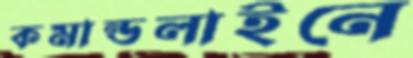
কমান্ডলাইনে